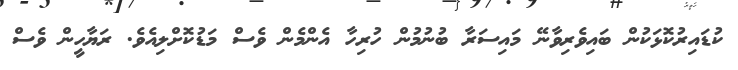
ކުޑައިރުކޮޅަކުން ބައިވެރިވާނޭ މައިސަރާ ބުނުމުން ހުރިހާ އެންމެން ވެސް މަޑުކޮށްލިއެވެ. ރަޔާހީން ވެސް